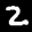
Label: 2